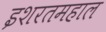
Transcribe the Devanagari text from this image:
इशरतमहाल